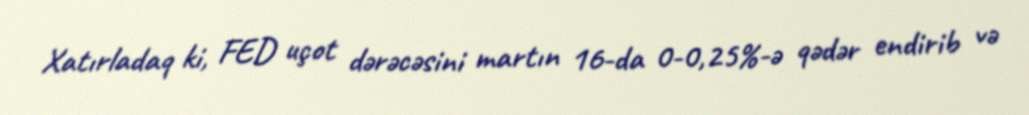
Xatırladaq ki, FED uçot dərəcəsini martın 16-da 0-0,25%-ə qədər endirib və